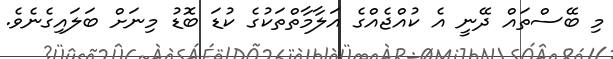
މި ބޭސްތައް ދޭނީ އެ ކުއްޖެއްގެ އަލާމާތްތަކުގެ ކުޑަ ބޮޑު މިނަށް ބަލައިގެނެވެ.